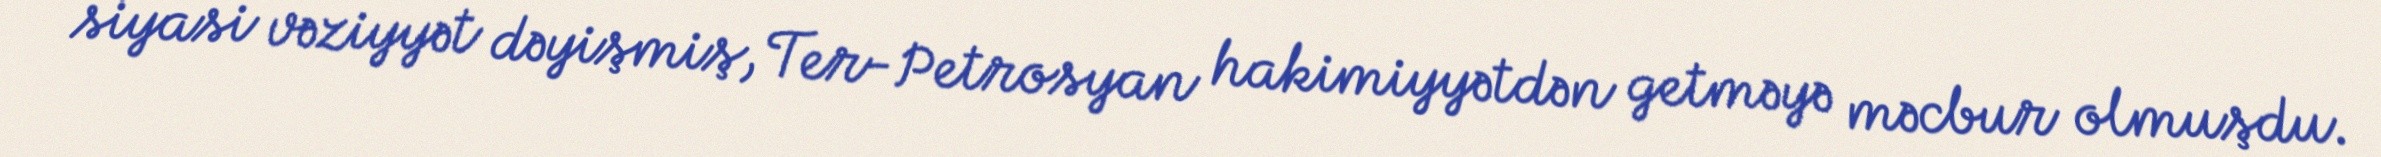
siyasi vəziyyət dəyişmiş, Ter-Petrosyan hakimiyyətdən getməyə məcbur olmuşdu.